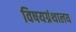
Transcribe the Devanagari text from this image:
विषयग्रंथालय